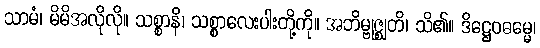
သာမံ၊ မိမိအလိုလို။ သစ္စာနိ၊ သစ္စာလေးပါးတို့ကို။ အဘိမ္ဗုဇ္ဈတိ၊ သိ၏။ ဒိဋ္ဌေဝဓမ္မေ၊